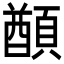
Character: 𩔕